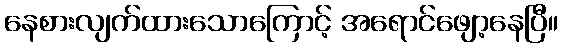
နေစားလျက်ထားသောကြောင့် အရောင်ဖျော့နေပြီ။